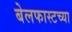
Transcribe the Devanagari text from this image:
बेलफास्टच्या